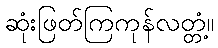
ဆုံးဖြတ်ကြကုန်လတ္တံ့။